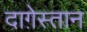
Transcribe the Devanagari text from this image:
दाग़ेस्तान